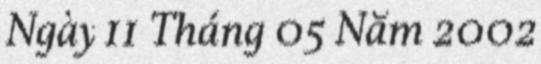
Ngày 11 Tháng 05 Năm 2002